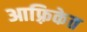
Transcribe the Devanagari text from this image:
आफ़्रिकेत